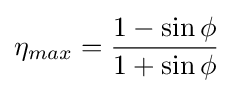
\eta _{max}={\frac {1-\sin {\phi }}{1+\sin {\phi }}}